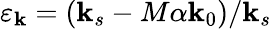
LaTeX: \varepsilon_{\mathbf{k}}=(\mathbf{k}_{s}-M\alpha\mathbf{k}_{0})/\mathbf{k}_{s}